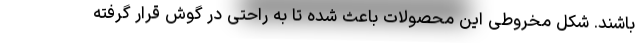
باشند. شکل مخروطی این محصولات باعث شده تا به راحتی در گوش قرار گرفته